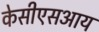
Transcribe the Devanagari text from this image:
केसीएसआय